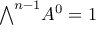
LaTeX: { \textstyle \bigwedge } ^ { n - 1 } A ^ { 0 } = 1